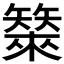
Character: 𰦣